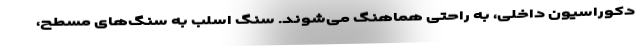
دکوراسیون داخلی، به راحتی هماهنگ می‌شوند. سنگ اسلب به سنگ‌های مسطح،